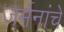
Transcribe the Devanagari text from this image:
जर्मनांचे